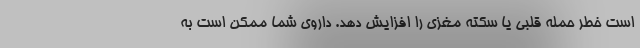
است خطر حمله قلبی یا سکته مغزی را افزایش دهد. داروی شما ممکن است به